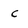
Character: c